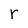
Character: r